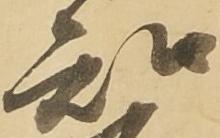
知